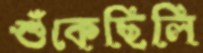
শুঁকেছিলি